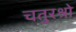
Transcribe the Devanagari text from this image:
चतुरश्रो